331_120752_Numeric_Files_1944–1945_37153_German_Armament_Equipment_Documents
Agency: Department of War
Incident date: 3/18/45
Incident location: Germany
Page 15
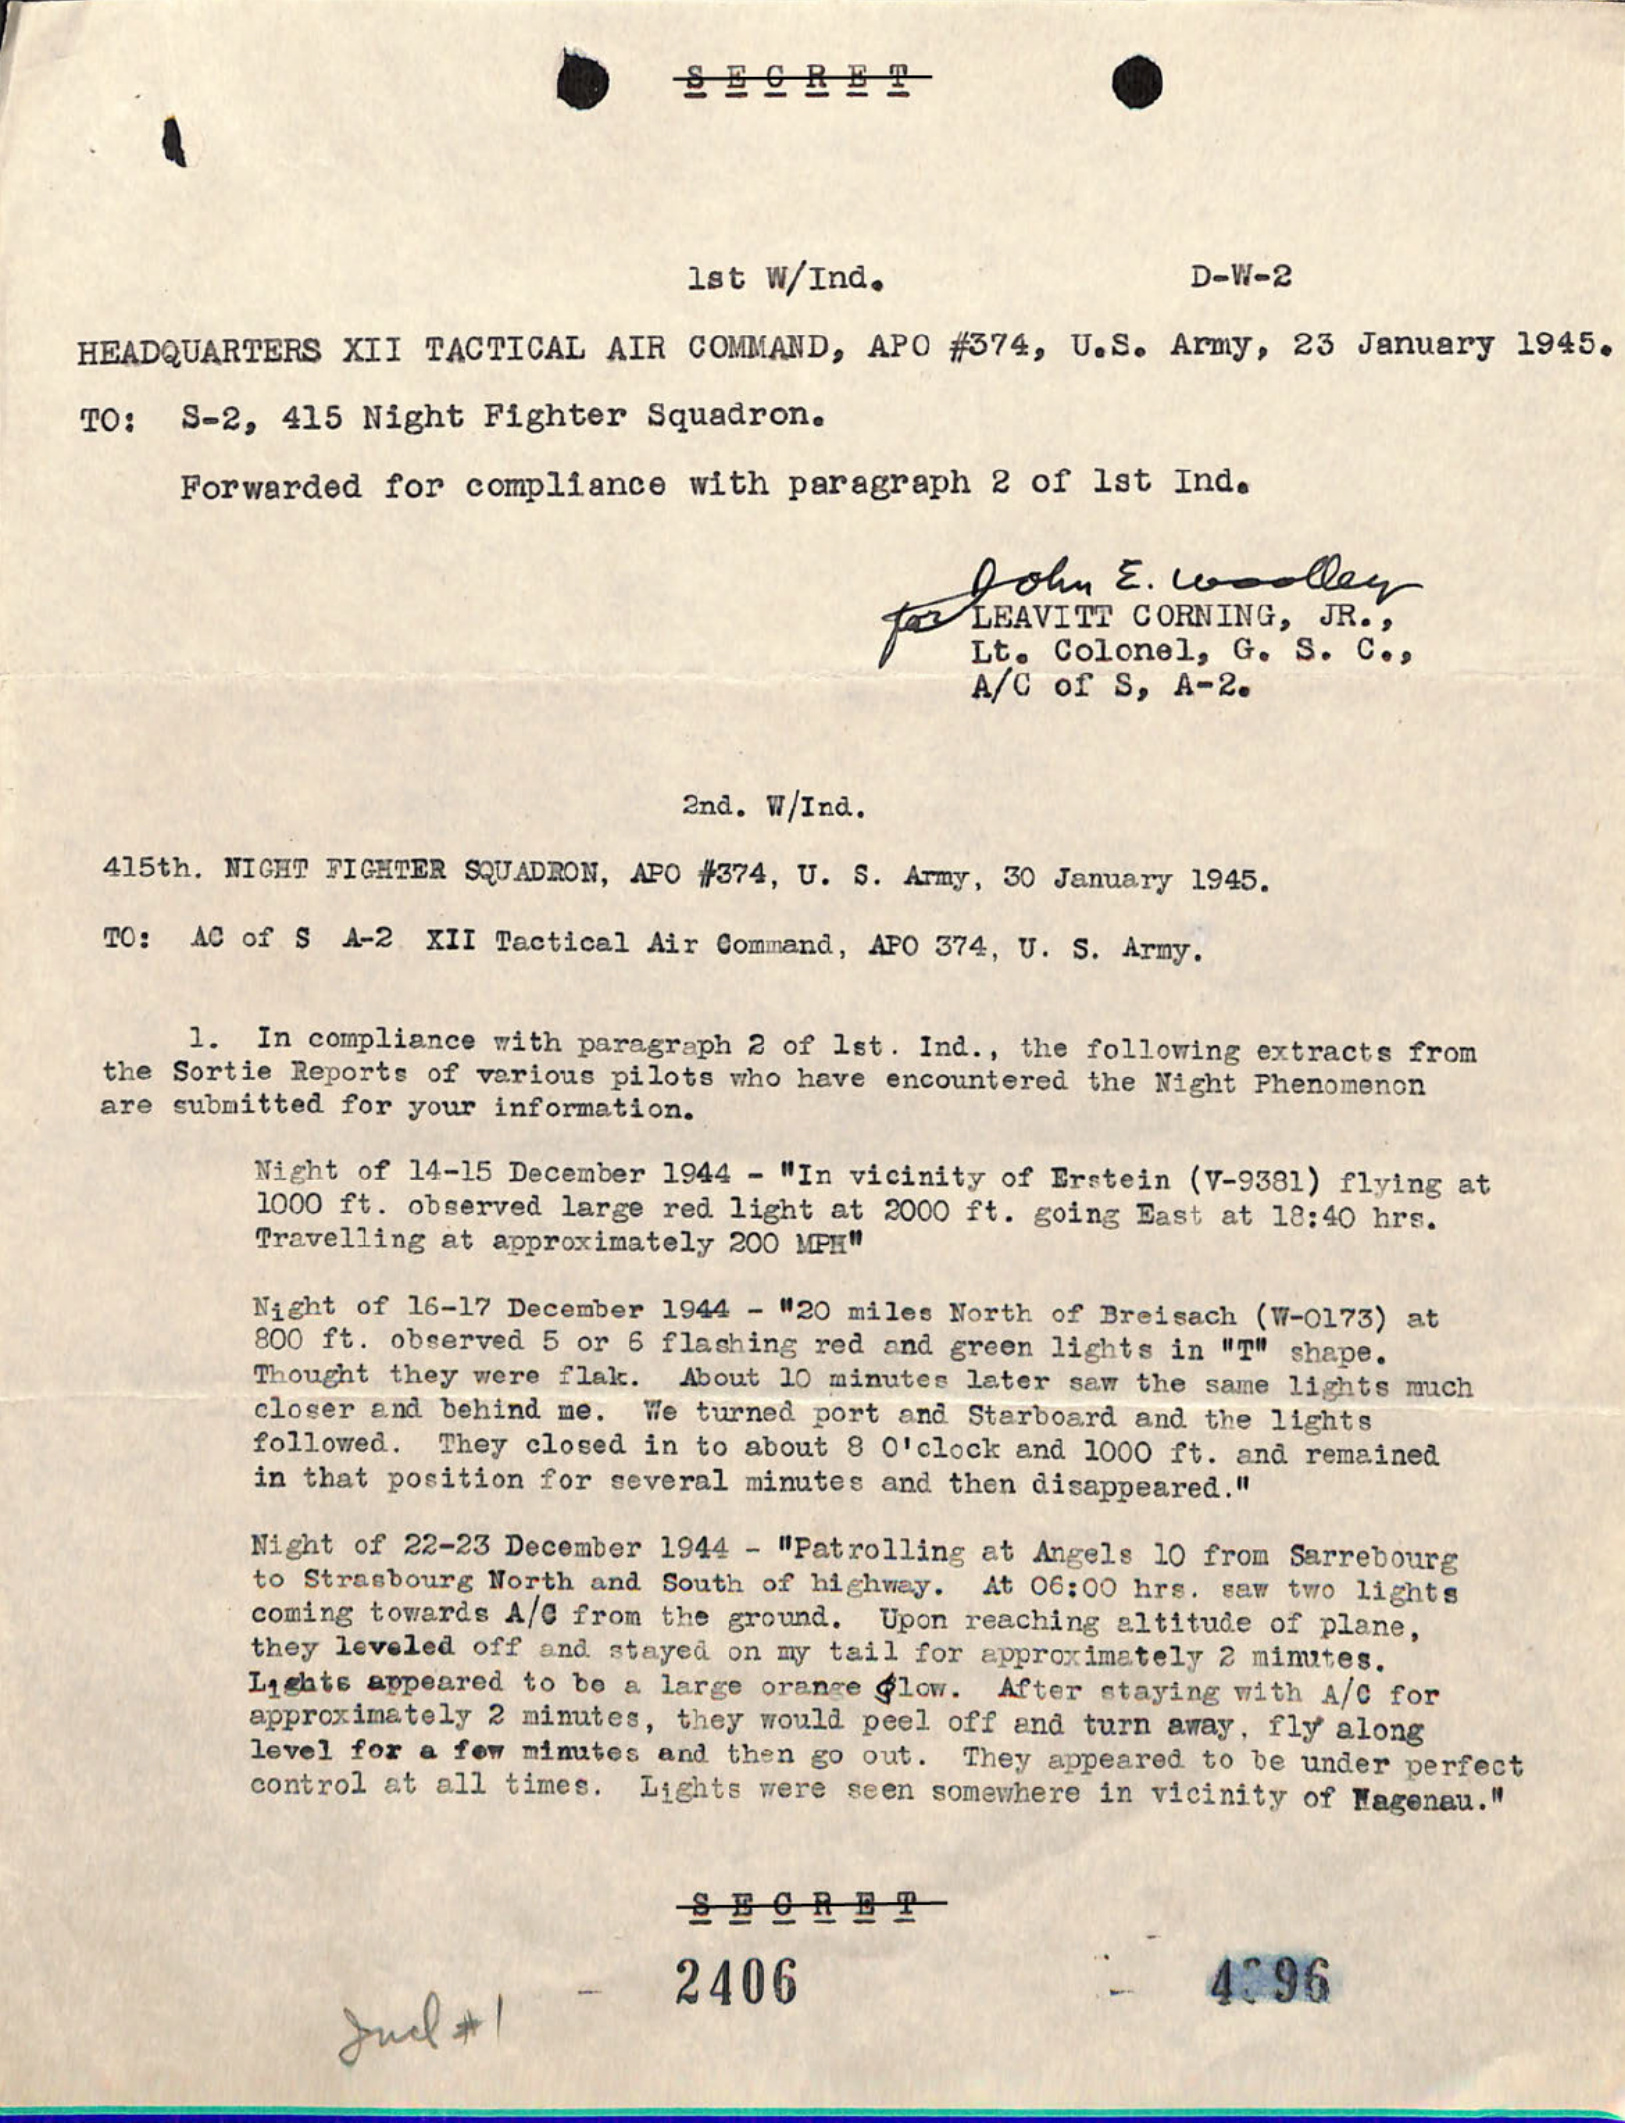